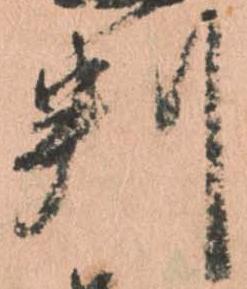
判